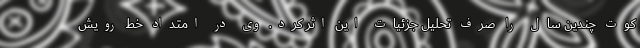
کوت چندین سال را صرف تحلیل جزئیات این اثر کرد. وی در امتداد خط رویش